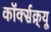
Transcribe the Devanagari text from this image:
कॉर्क्सक्र्यू